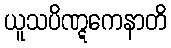
ယူသပိဏ္ဋကေနာတိ